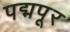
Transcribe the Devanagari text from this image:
पद्मपूर